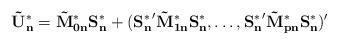
LaTeX: \begin{align*}\mathbf{\tilde{U}_n^{*}} = \mathbf{\tilde{M}_{0n}^*S_n^*} + (\mathbf{{S^*_n}}' \mathbf{\tilde{M}_{1n}^*S_n^*},\ldots, \mathbf{{S^*_n}}'\mathbf{\tilde{M}_{pn}^*S_n^*})'\end{align*}